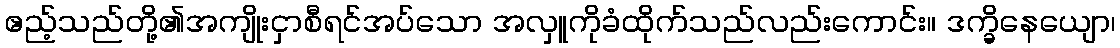
ဧည့်သည်တို့၏အကျိုးငှာစီရင်အပ်သော အလှူကိုခံထိုက်သည်လည်းကောင်း။ ဒက္ခိနေယျော၊